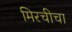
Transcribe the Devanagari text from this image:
मिरचीचा